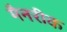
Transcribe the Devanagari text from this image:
मैनरीक